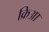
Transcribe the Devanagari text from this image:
क्रिआ